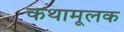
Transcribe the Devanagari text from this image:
कथामूलक